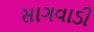
સાગવાડી